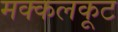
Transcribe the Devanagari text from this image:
मक्कलकूट